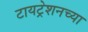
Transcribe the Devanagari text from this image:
टायट्रेशनच्या